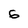
Character: 6